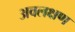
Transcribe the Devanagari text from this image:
अवलक्षण